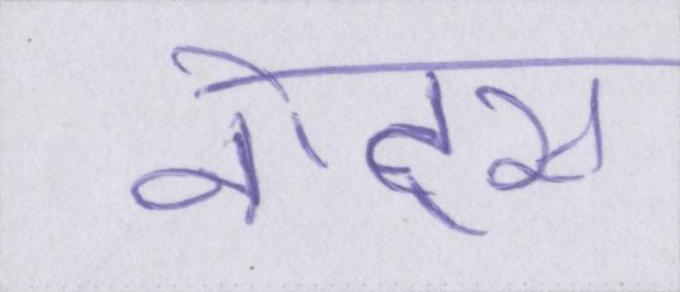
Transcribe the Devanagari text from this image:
नोट्स